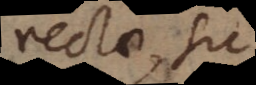
rectae, sic